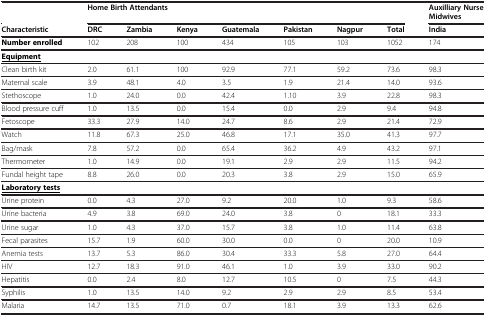
<table><thead><tr><td><b> </b></td><td colspan="7"><b>Home Birth Attendants</b></td><td><b>Auxilliary Nurse Midwives</b></td></tr><tr><td><b>Characteristic</b></td><td><b>DRC</b></td><td><b>Zambia</b></td><td><b>Kenya</b></td><td><b>Guatemala</b></td><td><b>Pakistan</b></td><td><b>Nagpur</b></td><td><b>Total</b></td><td><b>India</b></td></tr></thead><tbody><tr><td><b>Number enrolled</b></td><td>102</td><td>208</td><td>100</td><td>434</td><td>105</td><td>103</td><td>1052</td><td>174</td></tr><tr><td><b><underline>Equipment</underline></b></td><td> </td><td> </td><td> </td><td> </td><td> </td><td> </td><td> </td><td> </td></tr><tr><td>Clean birth kit</td><td>2.0</td><td>61.1</td><td>100</td><td>92.9</td><td>77.1</td><td>59.2</td><td>73.6</td><td>98.3</td></tr><tr><td>Maternal scale</td><td>3.9</td><td>48.1</td><td>4.0</td><td>3.5</td><td>1.9</td><td>21.4</td><td>14.0</td><td>93.6</td></tr><tr><td>Stethoscope</td><td>1.0</td><td>24.0</td><td>0.0</td><td>42.4</td><td>1.10</td><td>3.9</td><td>22.8</td><td>98.3</td></tr><tr><td>Blood pressure cuff</td><td>1.0</td><td>13.5</td><td>0.0</td><td>15.4</td><td>0.0</td><td>2.9</td><td>9.4</td><td>94.8</td></tr><tr><td>Fetoscope</td><td>33.3</td><td>27.9</td><td>14.0</td><td>24.7</td><td>8.6</td><td>2.9</td><td>21.4</td><td>72.9</td></tr><tr><td>Watch</td><td>11.8</td><td>67.3</td><td>25.0</td><td>46.8</td><td>17.1</td><td>35.0</td><td>41.3</td><td>97.7</td></tr><tr><td>Bag/mask</td><td>7.8</td><td>57.2</td><td>0.0</td><td>65.4</td><td>36.2</td><td>4.9</td><td>43.2</td><td>97.1</td></tr><tr><td>Thermometer</td><td>1.0</td><td>14.9</td><td>0.0</td><td>19.1</td><td>2.9</td><td>2.9</td><td>11.5</td><td>94.2</td></tr><tr><td>Fundal height tape</td><td>8.8</td><td>26.0</td><td>0.0</td><td>20.3</td><td>3.8</td><td>2.9</td><td>15.0</td><td>65.9</td></tr><tr><td><b><underline>Laboratory tests</underline></b></td><td> </td><td> </td><td> </td><td> </td><td> </td><td> </td><td> </td><td> </td></tr><tr><td>Urine protein</td><td>0.0</td><td>4.3</td><td>27.0</td><td>9.2</td><td>20.0</td><td>1.0</td><td>9.3</td><td>58.6</td></tr><tr><td>Urine bacteria</td><td>4.9</td><td>3.8</td><td>69.0</td><td>24.0</td><td>3.8</td><td>0</td><td>18.1</td><td>33.3</td></tr><tr><td>Urine sugar</td><td>1.0</td><td>4.3</td><td>37.0</td><td>15.7</td><td>3.8</td><td>1.0</td><td>11.4</td><td>63.8</td></tr><tr><td>Fecal parasites</td><td>15.7</td><td>1.9</td><td>60.0</td><td>30.0</td><td>0.0</td><td>0</td><td>20.0</td><td>10.9</td></tr><tr><td>Anemia tests</td><td>13.7</td><td>5.3</td><td>86.0</td><td>30.4</td><td>33.3</td><td>5.8</td><td>27.0</td><td>64.4</td></tr><tr><td>HIV</td><td>12.7</td><td>18.3</td><td>91.0</td><td>46.1</td><td>1.0</td><td>3.9</td><td>33.0</td><td>90.2</td></tr><tr><td>Hepatitis</td><td>0.0</td><td>2.4</td><td>8.0</td><td>12.7</td><td>10.5</td><td>0</td><td>7.5</td><td>44.3</td></tr><tr><td>Syphilis</td><td>1.0</td><td>13.5</td><td>14.0</td><td>9.2</td><td>2.9</td><td>2.9</td><td>8.5</td><td>53.4</td></tr><tr><td>Malaria</td><td>14.7</td><td>13.5</td><td>71.0</td><td>0.7</td><td>18.1</td><td>3.9</td><td>13.3</td><td>62.6</td></tr></tbody></table>